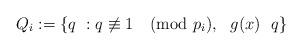
LaTeX: \begin{align*}Q_{i}: = \{ q~: q \not\equiv 1 \pmod {p_{i}},~~g(x)~~q\}\end{align*}